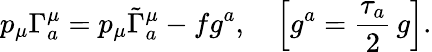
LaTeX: p_{\mu}\Gamma_{a}^{\mu}=p_{\mu}\tilde{\Gamma}_{a}^{\mu}-fg^{a},\quad\left[g^{a}=\frac{\tau_{a}}{2}\, g\right].